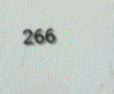
266